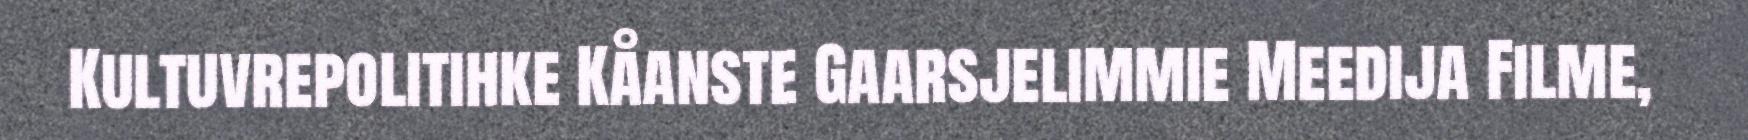
Kultuvrepolitihke Kåanste Gaarsjelimmie Meedija Filme,